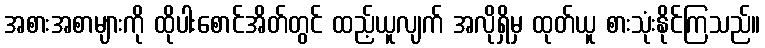
အစားအစာများကို ထိုပါးစောင်အိတ်တွင် ထည့်ယူလျက် အလိုရှိမှ ထုတ်ယူ စားသုံးနိုင်ကြသည်။